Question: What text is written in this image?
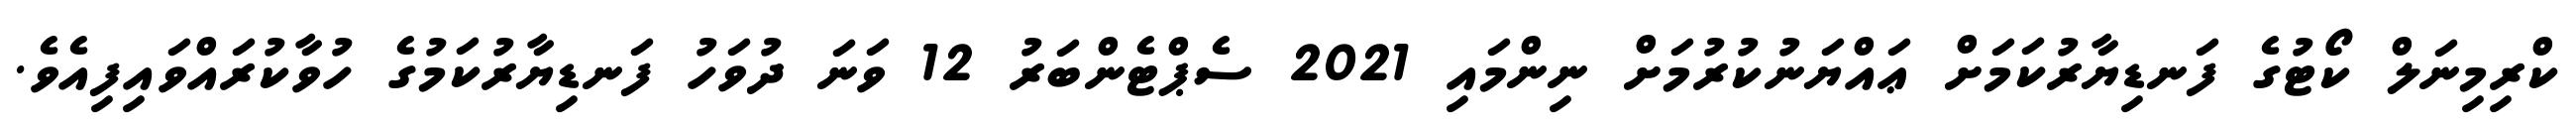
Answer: ކްރިމިނަލް ކޯޓުގެ ފަނޑިޔާރުކަމަށް ޢައްޔަނުކުރުމަށް ނިންމައި 2021 ސެޕްޓެންބަރު 12 ވަނަ ދުވަހު ފަނޑިޔާރުކަމުގެ ހުވާކުރައްވައިފިއެވެ.